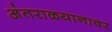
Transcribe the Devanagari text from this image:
अंतराळयानावर